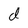
Character: d